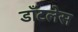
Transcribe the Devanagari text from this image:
डाँटलेस